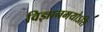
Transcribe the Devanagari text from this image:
विज्ञानमयोऽसि